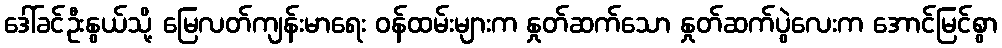
ဒေါ်ခင်ဦးနွယ်သို့ မြေလတ်ကျန်းမာရေး ဝန်ထမ်းများက နှုတ်ဆက်သော နှုတ်ဆက်ပွဲလေးက အောင်မြင်စွာ